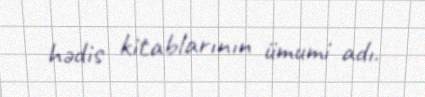
hədis kitablarının ümumi adı.